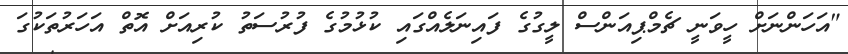
"އަހަންނަށް ހީވަނީ ޗެމްޕިއަންސް ލީގުގެ ފައިނަލެއްގައި ކުޅުމުގެ ފުރުސަތު ކުރިއަށް އޮތް އަހަރުތަކުގަ